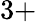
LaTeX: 3+